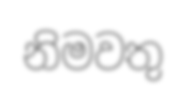
නිමවතු